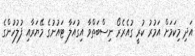
އަދި މިކަމަށް އަމުރު ކުރީ ގުއެރެރޯ ނިސްބަތްވާ އިގުއަލާ ޓައުނުގެ މޭޔަރާއި ފުލުހުންގެ